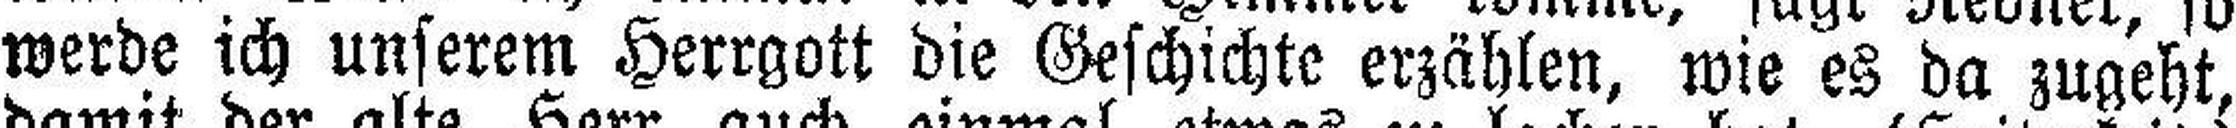
werde ich unserem Herrgott die Geschichte erzählen, wie es da zugeht,